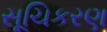
સૂચિકરણ